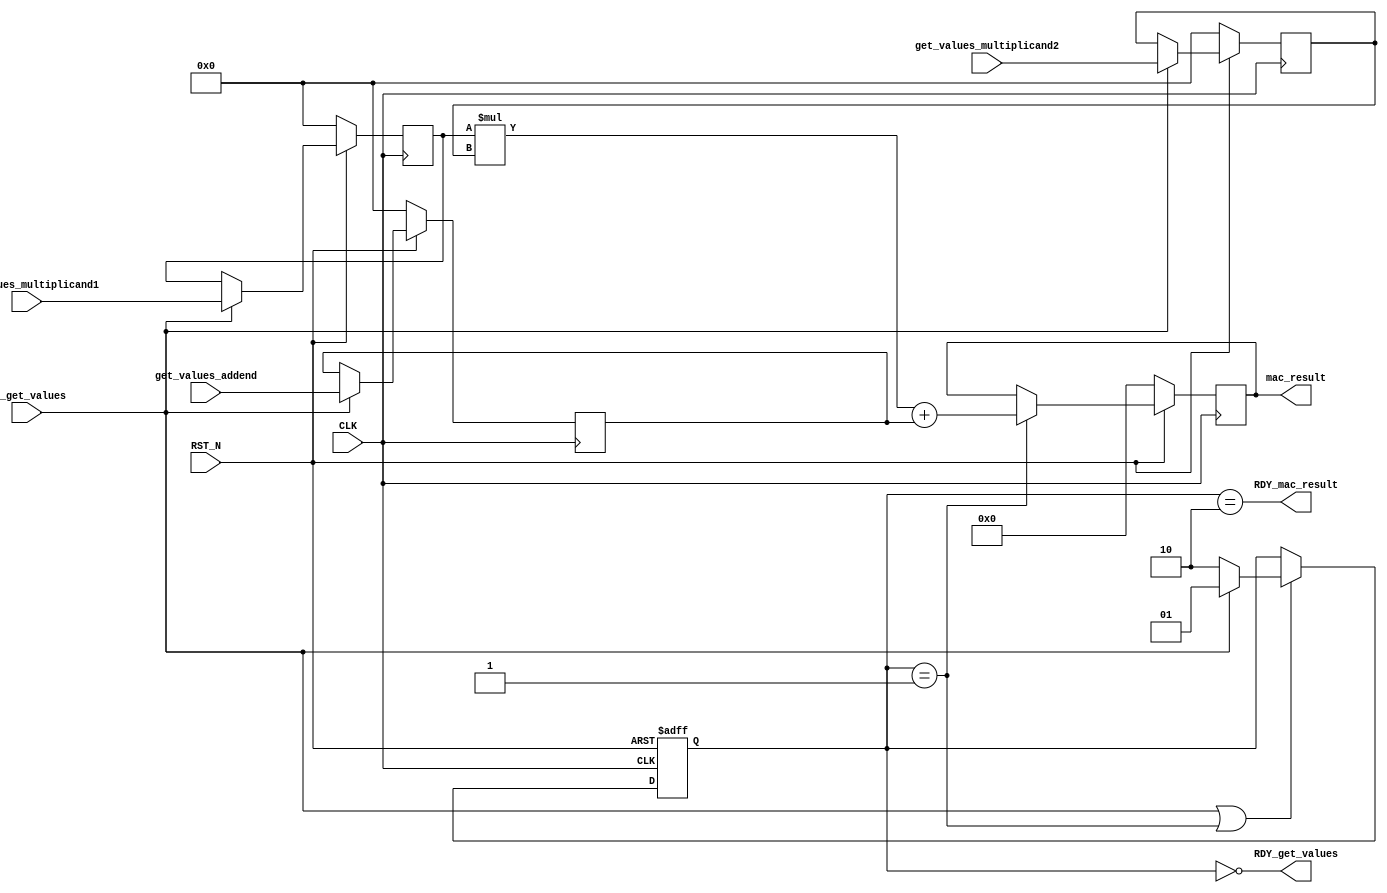
//
// Generated by Bluespec Compiler, version 2021.12.1 (build fd501401)
//
// On Mon Mar 27 02:40:36 IST 2023
//
//
// Ports:
// Name                         I/O  size props
// RDY_get_values                 O     1
// mac_result                     O    32 reg
// RDY_mac_result                 O     1
// CLK                            I     1 clock
// RST_N                          I     1 reset
// get_values_multiplicand1       I    16 reg
// get_values_multiplicand2       I    16 reg
// get_values_addend              I    16 reg
// EN_get_values                  I     1
//
// No combinational paths from inputs to outputs
//
//

`ifdef BSV_ASSIGNMENT_DELAY
`else
  `define BSV_ASSIGNMENT_DELAY
`endif

`ifdef BSV_POSITIVE_RESET
  `define BSV_RESET_VALUE 1'b1
  `define BSV_RESET_EDGE posedge
`else
  `define BSV_RESET_VALUE 1'b0
  `define BSV_RESET_EDGE negedge
`endif

module mkmac16(CLK,
	       RST_N,

	       get_values_multiplicand1,
	       get_values_multiplicand2,
	       get_values_addend,
	       EN_get_values,
	       RDY_get_values,

	       mac_result,
	       RDY_mac_result);
  input  CLK;
  input  RST_N;

  // action method get_values
  input  [15 : 0] get_values_multiplicand1;
  input  [15 : 0] get_values_multiplicand2;
  input  [15 : 0] get_values_addend;
  input  EN_get_values;
  output RDY_get_values;

  // value method mac_result
  output [31 : 0] mac_result;
  output RDY_mac_result;

  // signals for module outputs
  wire [31 : 0] mac_result;
  wire RDY_get_values, RDY_mac_result;

  // register a
  reg [15 : 0] a;
  wire [15 : 0] a$D_IN;
  wire a$EN;

  // register isReady
  reg [1 : 0] isReady;
  wire [1 : 0] isReady$D_IN;
  wire isReady$EN;

  // register m1
  reg [15 : 0] m1;
  wire [15 : 0] m1$D_IN;
  wire m1$EN;

  // register m2
  reg [15 : 0] m2;
  wire [15 : 0] m2$D_IN;
  wire m2$EN;

  // register resmac
  reg [31 : 0] resmac;
  wire [31 : 0] resmac$D_IN;
  wire resmac$EN;

  // rule scheduling signals
  wire CAN_FIRE_RL_compute_mac16,
       CAN_FIRE_get_values,
       WILL_FIRE_RL_compute_mac16,
       WILL_FIRE_get_values;

  // remaining internal signals
  wire [63 : 0] _0_CONCAT_m1_MUL_0_CONCAT_m2___d7;
  wire [31 : 0] x__h250, y__h249, y__h251;

  // action method get_values
  assign RDY_get_values = isReady == 2'd0 ;
  assign CAN_FIRE_get_values = isReady == 2'd0 ;
  assign WILL_FIRE_get_values = EN_get_values ;

  // value method mac_result
  assign mac_result = resmac ;
  assign RDY_mac_result = isReady == 2'd2 ;

  // rule RL_compute_mac16
  assign CAN_FIRE_RL_compute_mac16 = isReady == 2'd1 ;
  assign WILL_FIRE_RL_compute_mac16 = CAN_FIRE_RL_compute_mac16 ;

  // register a
  assign a$D_IN = get_values_addend ;
  assign a$EN = EN_get_values ;

  // register isReady
  assign isReady$D_IN = EN_get_values ? 2'd1 : 2'd2 ;
  assign isReady$EN = EN_get_values || WILL_FIRE_RL_compute_mac16 ;

  // register m1
  assign m1$D_IN = get_values_multiplicand1 ;
  assign m1$EN = EN_get_values ;

  // register m2
  assign m2$D_IN = get_values_multiplicand2 ;
  assign m2$EN = EN_get_values ;

  // register resmac
  assign resmac$D_IN = _0_CONCAT_m1_MUL_0_CONCAT_m2___d7[31:0] + y__h249 ;
  assign resmac$EN = CAN_FIRE_RL_compute_mac16 ;

  // remaining internal signals
  assign _0_CONCAT_m1_MUL_0_CONCAT_m2___d7 = x__h250 * y__h251 ;
  assign x__h250 = { 16'd0, m1 } ;
  assign y__h249 = { 16'd0, a } ;
  assign y__h251 = { 16'd0, m2 } ;

  // handling of inlined registers

  always@(posedge CLK)
  begin
    if (RST_N == `BSV_RESET_VALUE)
      begin
        a <= `BSV_ASSIGNMENT_DELAY 16'd0;
	m1 <= `BSV_ASSIGNMENT_DELAY 16'd0;
	m2 <= `BSV_ASSIGNMENT_DELAY 16'd0;
	resmac <= `BSV_ASSIGNMENT_DELAY 32'd0;
      end
    else
      begin
        if (a$EN) a <= `BSV_ASSIGNMENT_DELAY a$D_IN;
	if (m1$EN) m1 <= `BSV_ASSIGNMENT_DELAY m1$D_IN;
	if (m2$EN) m2 <= `BSV_ASSIGNMENT_DELAY m2$D_IN;
	if (resmac$EN) resmac <= `BSV_ASSIGNMENT_DELAY resmac$D_IN;
      end
  end

  always@(posedge CLK or `BSV_RESET_EDGE RST_N)
  if (RST_N == `BSV_RESET_VALUE)
    begin
      isReady <= `BSV_ASSIGNMENT_DELAY 2'd0;
    end
  else
    begin
      if (isReady$EN) isReady <= `BSV_ASSIGNMENT_DELAY isReady$D_IN;
    end

  // synopsys translate_off
  `ifdef BSV_NO_INITIAL_BLOCKS
  `else // not BSV_NO_INITIAL_BLOCKS
  initial
  begin
    a = 16'hAAAA;
    isReady = 2'h2;
    m1 = 16'hAAAA;
    m2 = 16'hAAAA;
    resmac = 32'hAAAAAAAA;
  end
  `endif // BSV_NO_INITIAL_BLOCKS
  // synopsys translate_on
endmodule  // mkmac16